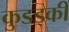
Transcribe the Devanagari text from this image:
कुडड्की